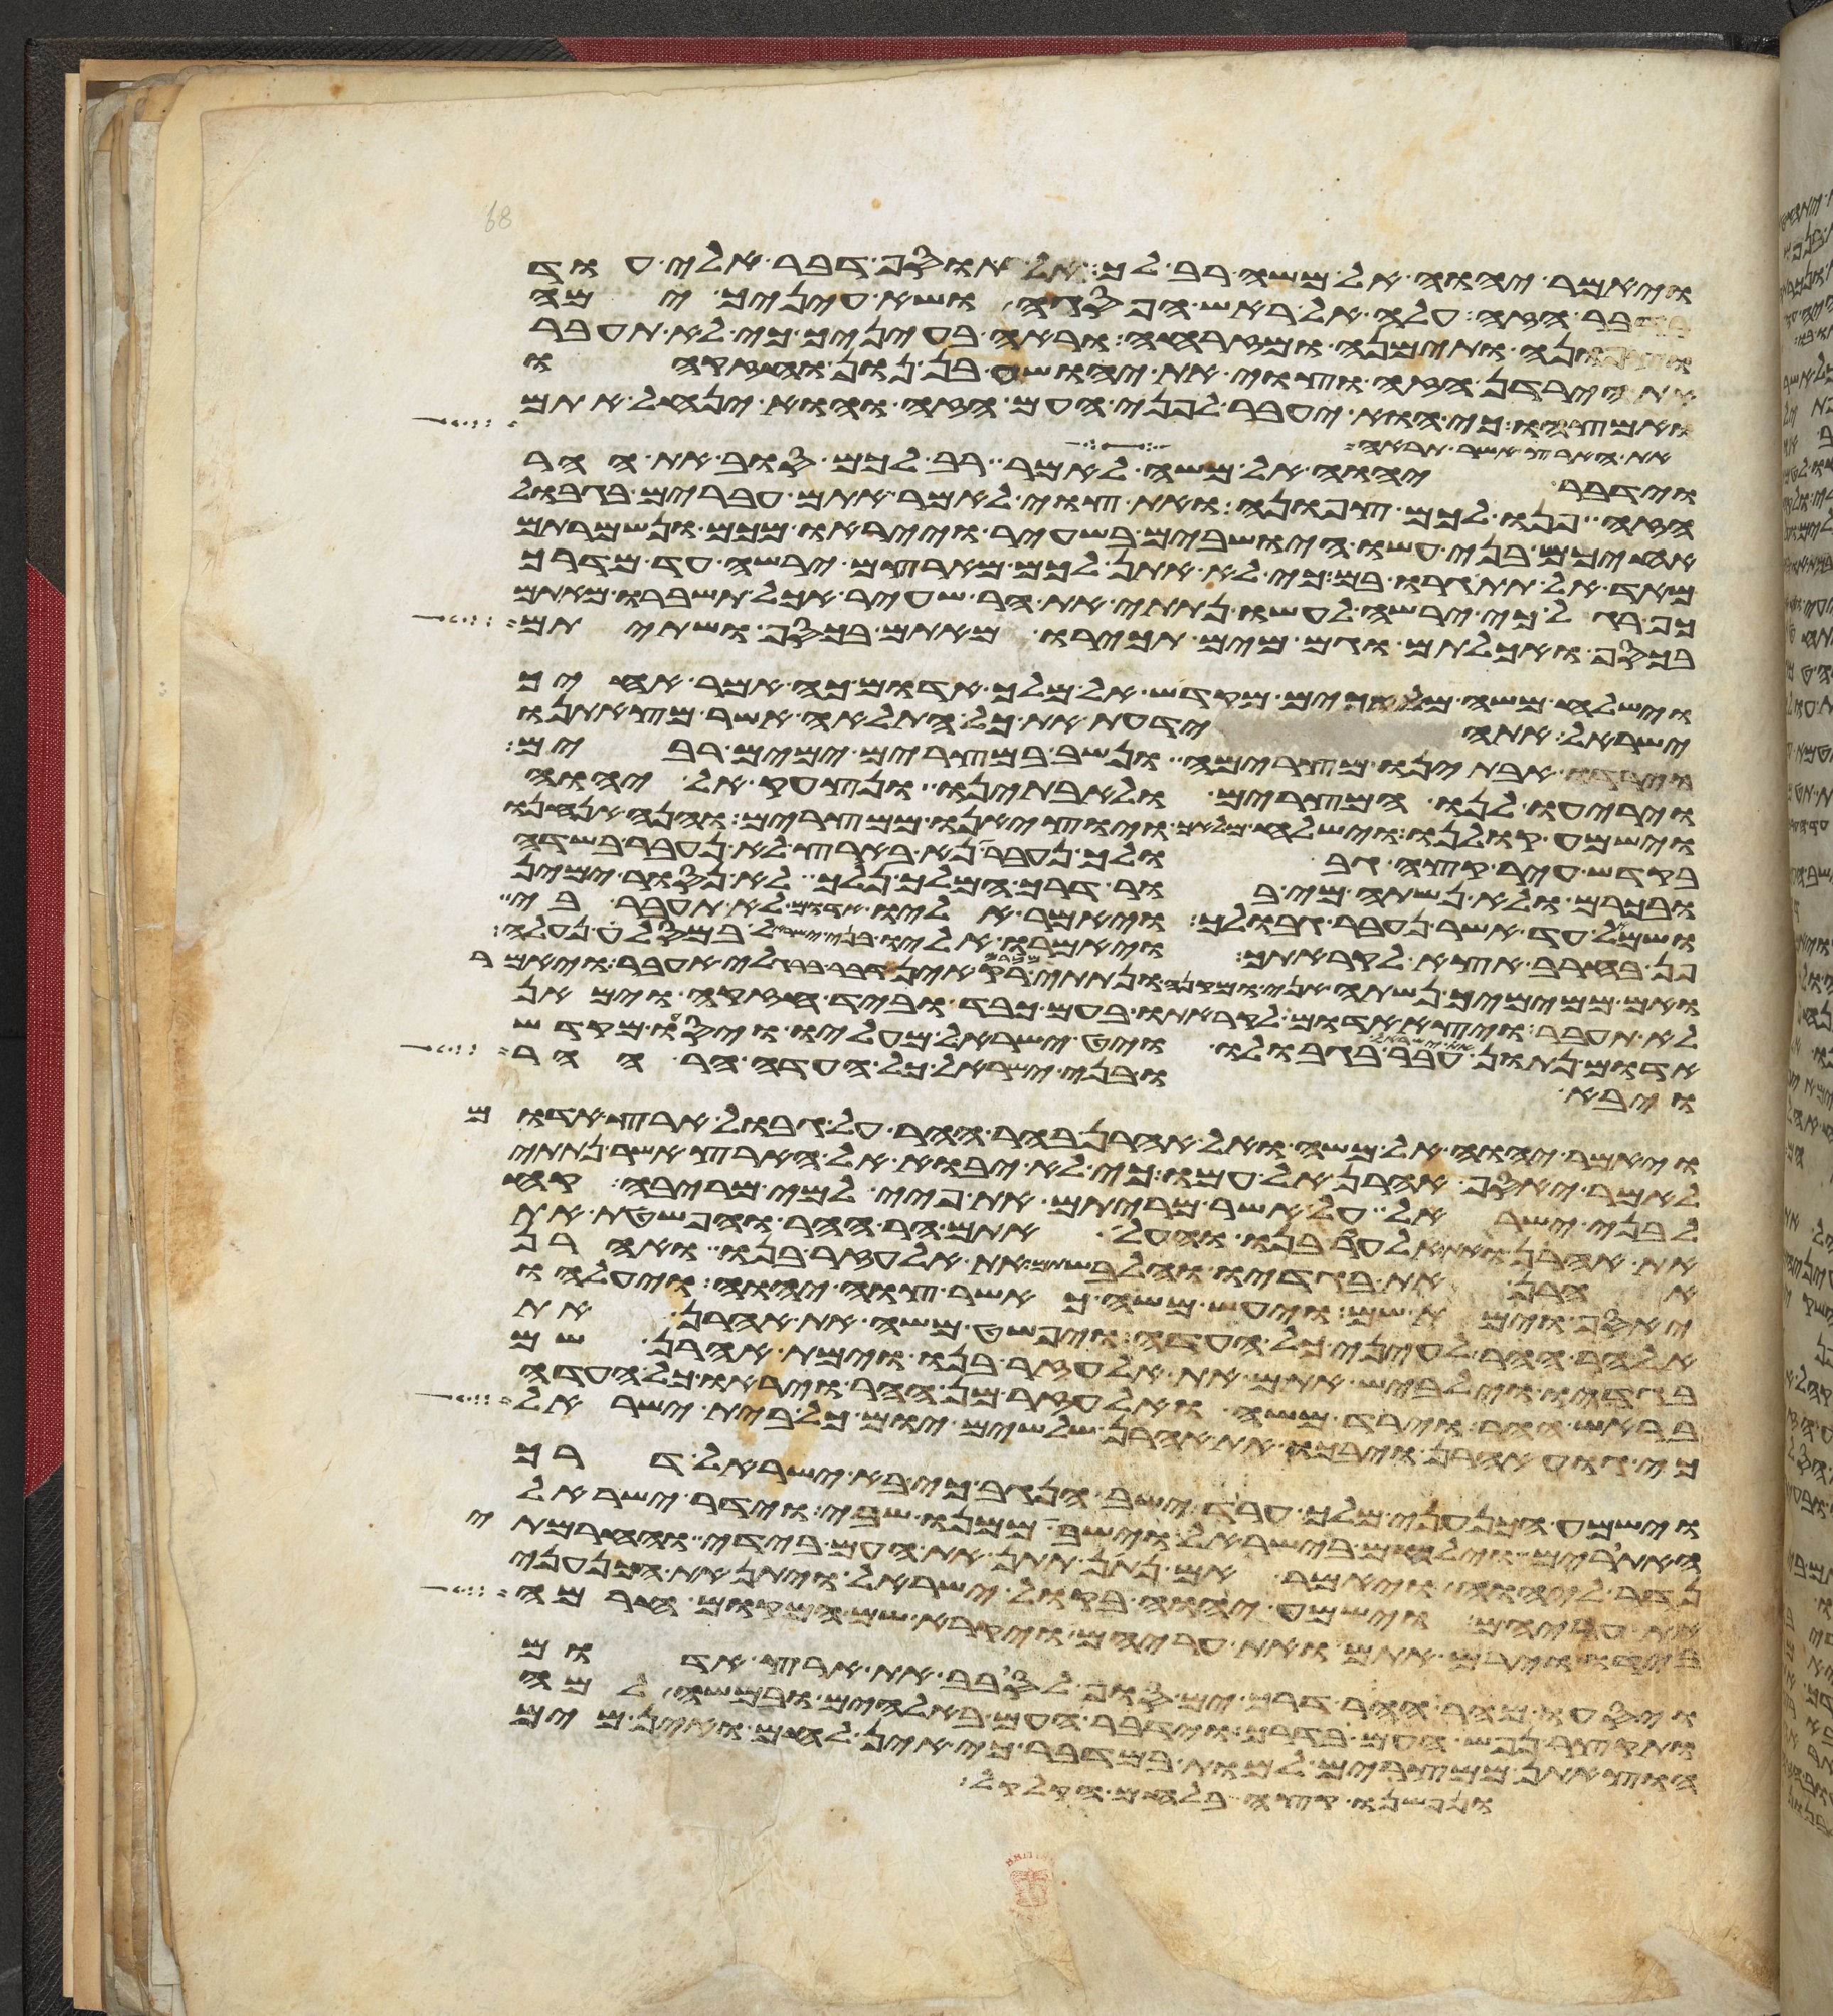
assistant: ויאמר יהוה אל משה רב לך אל תוסף דבר אלי עוד
בדבר הזה עלה אל ראש הפסגה ושא עיניך ימה
וצפונה ותימנה ומזרחה וראה בעיניך כי לא תעבר
את הירדן הזה וצוי את יהושע בן נון וחזקהו
ואמצהו כי הוא יעבר לפני העם הזה והוא ינחל אתם
את הארץ אשר תראה
וידבר יהוה אל משה לאמר רב לכם סוב את ההר
הזה פנו לכם צפונה ואת העם צוי לאמר אתם עברים בגבול
אחיכם בני עשו הישבים בשעיר וייראו מכם ונשמרתם
מאד אל תתגרו בם כי לא אתן לכם מארצם ירשה עד מדרך
כף רגל כי ירשה לעשו נתתי את הר שעיר אכל תשברו מאתם
בכסף ואכלתם וגם מים תכירו מאתם בכסף ושתיתם
וישלח משה מלאכים מקדש אל מלך אדום כה אמר אחיך
ישראל אתה ידעת את כל התלאה אשר מצאתנו
וירדו אבתינו מצרימה ונשב במצרים ימים רבים
ויריעו לנו המצרים ולאבתינו ונצעק אל יהוה
וישמע קולנו וישלח מלאך ויוציאנו ממצרים והנה אנחנו
בקדש עיר קצה גבולך נעבר נא בארצך לא נעבר בשדה
ובכרם ולא נשתה מי בור דרך המלך נלך לא נסור ימין
ושמאל עד אשר נעבר גבולך ויאמר אליו אדום לא תעבר בי
פן בחרב אצא לקראתך ויאמרו אליו בני ישראל במסלה נעלה
ואם ממימיך נשתה אני ומקני ונתתי מכרם רק אין דבר ברגלי אעבר ויאמר
לא תעבר ויצא אדום לקראתו בעם כבד וביד חזקה וימאן
אדום נתון את ישראל עבר בגבולו ויט ישראל מעליו ויסעו מקדש
ויבאו בני ישראל כל העדה הר ההר
ויאמר יהוה אל משה ואל אהרן בהר ההר על גבול ארץ אדום
לאמר יאסף אהרן אל עמו כי לא יבוא אל הארץ אשר נתתי
לבני ישראל על אשר מריתם את פיי למי מריבה קח
את אהרן ואת אלעזר בנו והעל אתם הר ההר והפשטת את
אהרן את בגדיו והלבשתם את אלעזר בנו ואהרן
יאסף וימת שם ויעש משה כאשר צוה יהוה ויעלהו
אל הר ההר לעיני כל העדה ויפשט משה את אהרן את
בגדיו וילבש אתם את אלעזר בנו וימת אהרן שם
בראש ההר וירד משה ואלעזר מן ההר ויראו כל העדה
כי גוע אהרן ויבכו את אהרן שלשים יום כל בית ישראל
וישמע הכנעני מלך ערד ישב הנגב כי בא ישראל דרך
האתורים וילחם בישראל וישב ממנו שבי וידר ישראל
נדר ליהוה ויאמר אם נתון תתן את העם הזה בידי וחרמתי
את עריהם וישמע יהוה בקול ישראל ויתן את הכנעני
בידו ויחרם אתם ואת עריהם ויקרא שם המקום חרמה
ויסעו מהר ההר דרך ים סוף לסבב את ארץ אדום
ותקצר נפש העם בדרך וידבר העם באלהים ובמשה למה
הוצאתנו ממצרים למות במדבר כי אין לחם ואין מים
ונפשנו קצה בלחם הקלקל